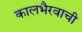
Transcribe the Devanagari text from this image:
कालभैरवाची